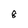
Character: 8